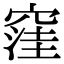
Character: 窪